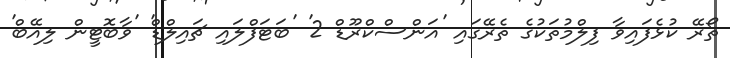
ތޯރޭ ކުޅެފައިވާ ފިލްމުތަކުގެ ތެރޭގައި 'އަންސްކްރޫޑް 2' 'ބަޓަފްލައި ޗައިލްޑް' 'ވާބޮޓީން ލިއޭބް'